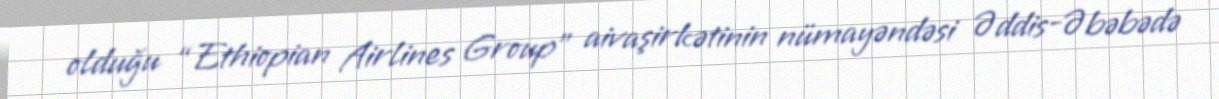
olduğu “Ethiopian Airlines Group” aivaşirkətinin nümayəndəsi Əddis-Əbəbədə